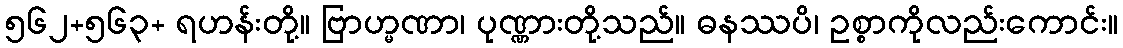
၅၆၂+၅၆၃+ ရဟန်းတို့။ ဗြာဟ္မဏာ၊ ပုဏ္ဏားတို့သည်။ ဓနဿပိ၊ ဥစ္စာကိုလည်းကောင်း။